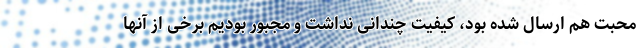
محبت هم ارسال شده بود، کیفیت چندانی نداشت و مجبور بودیم برخی از آنها